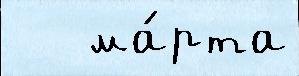
   ма́рта